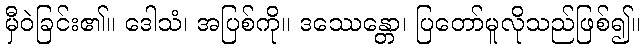
မှီဝဲခြင်း၏။ ဒေါသံ၊ အပြစ်ကို။ ဒဿေန္တော၊ ပြတော်မူလိုသည်ဖြစ်၍။